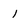
Character: i